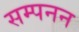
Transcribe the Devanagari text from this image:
सम्पनन